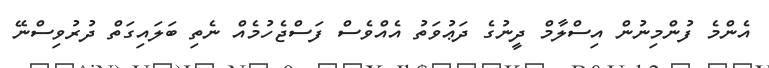
އެންމެ ފުންމިނުން އިސްލާމް ދީނުގެ ދަޢުވަތު އެއްވެސް ފަސްޖެހުމެއް ނެތި ބަލައިގަތް ދުރުވިސްނޭ